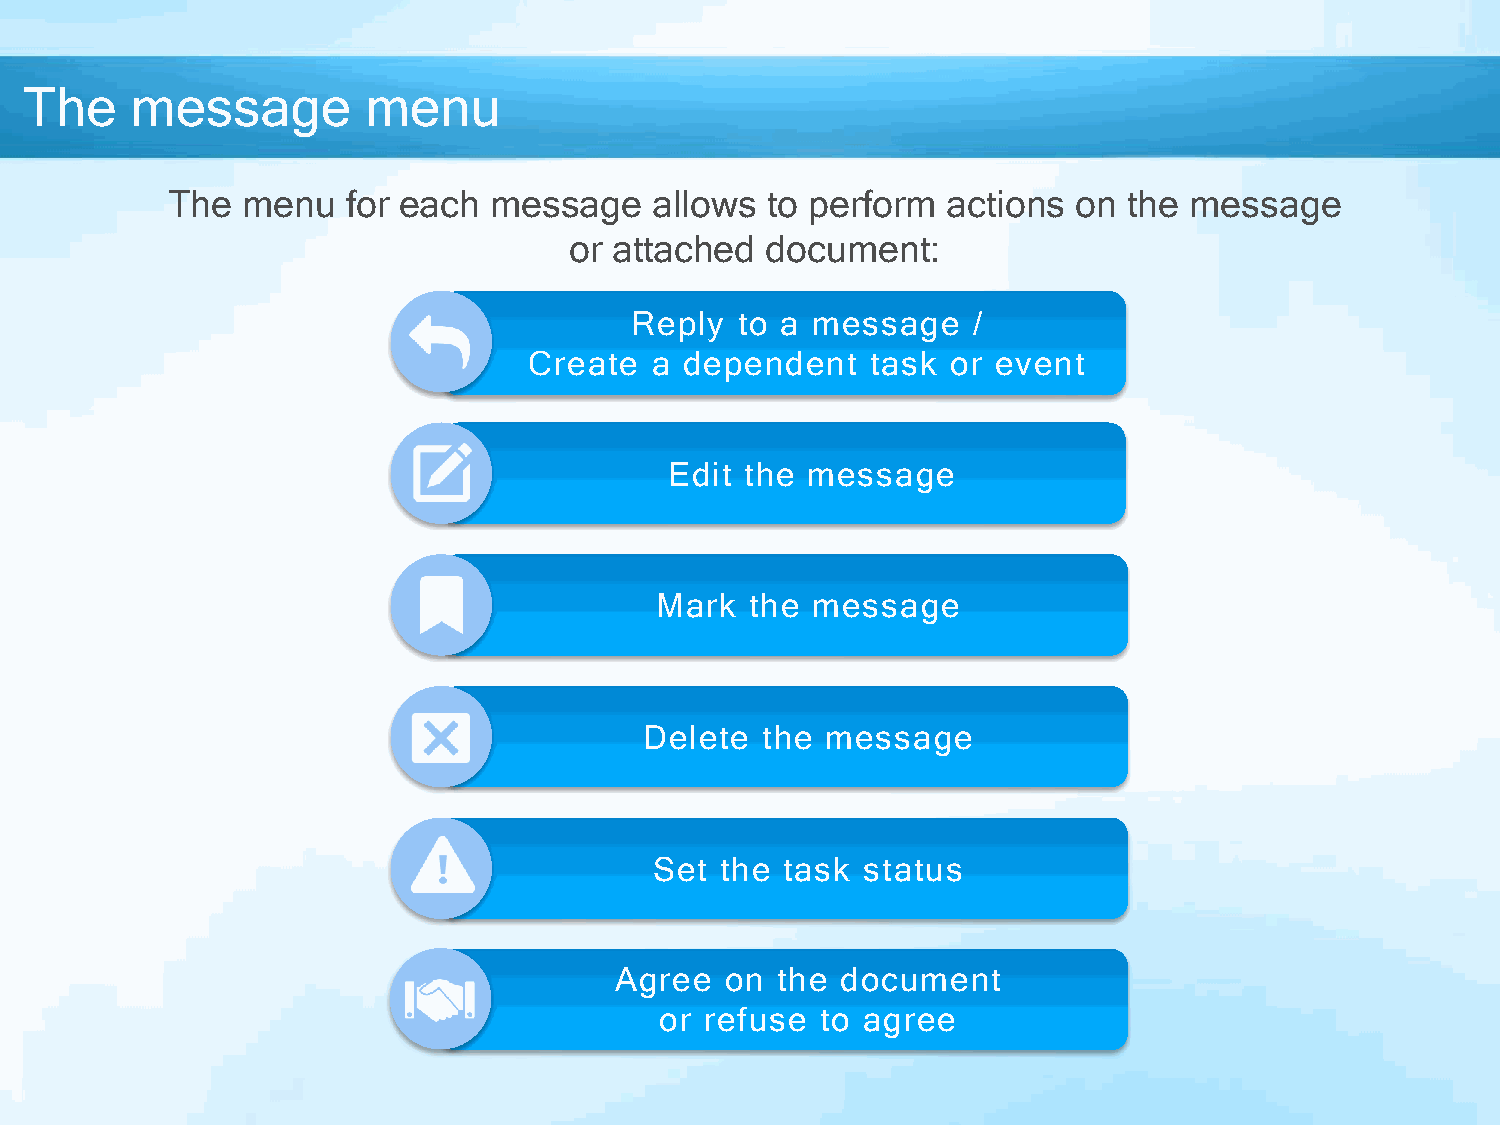
The    message        menu
 The  menu   for each message    allows  to perform  actions on  the message
 or attached  document:
 Reply  to a message   /
 Create  a dependent    task or event
 Edit the message
 Mark   the message
 Delete the  message
 Set  the task status
 Agree  on the  document
 or refuse to agree